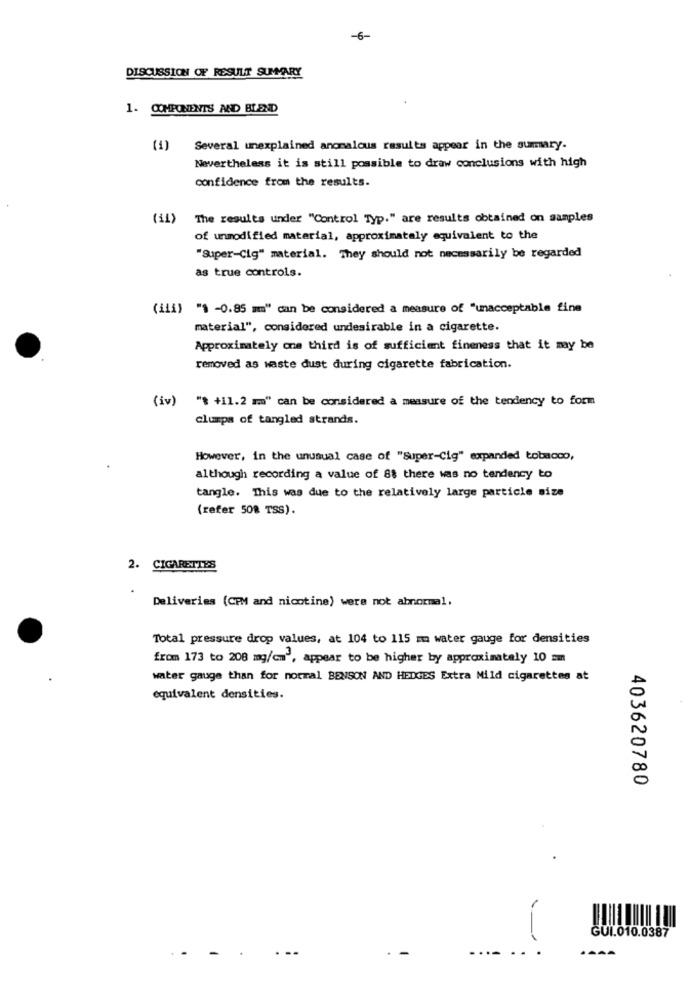
-6-
DISCUSSION OF RESULT SUMMARY
1. COMPONENTS AND BLEND
(1) Several unexplained anomalous results appear in the sumary.
Nevertheless it is still possible to draw conclusions with high
confidence from the results.
(il) The results under "Control Typ." are results obtained on samples
of unmodified material, approximately equivalent to the
"Super-Cig" material. They should not necessarily be regarded
as true controls.
(iii) "1 -0.85 mm" can be considered a measure of "unacceptable fine
material", considered undesirable in a cigarette.
Approximately one third is of sufficient fineness that it may be
removed as waste dust during cigarette fabrication.
(iv)
"8 +11.2 mm" can be considered a measure of the tendency to form
clumps of tangled strands.
However, in the unusual case of "Super-Cig" expanded tobacco,
although recording a value of 88 there was no tendency to
tangle. This was due to the relatively large particle size
(refer 50% TSS).
2. CIGARETTES
Deliveries (CPM and nicotine) were not abnormal,
Total pressure drop values, at 104 to 115 mm water gauge for densities
from 173 to 208 mg/cm', appear to be higher by approximately 10 mm
water gauge than for normal BENSON AND HEDGES Extra Mild cigarettes at
equivalent densities.
403620780
GUI.010.0387
--
. .